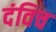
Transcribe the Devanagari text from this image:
दंविच